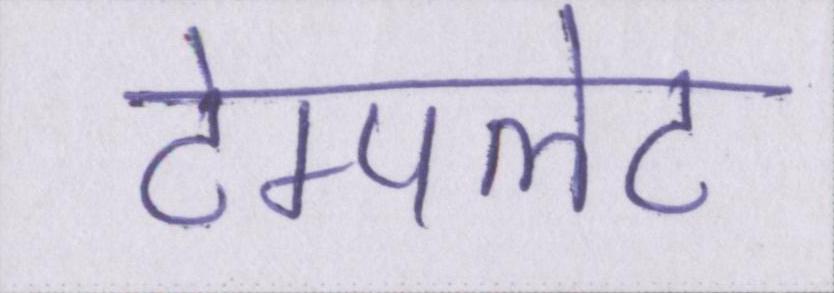
टेम्पलेट